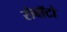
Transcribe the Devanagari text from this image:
रोबॉटो